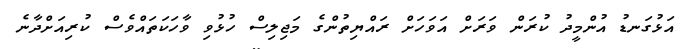
އަޅުގަނޑު އުންމީދު ކުރަން ވަރަށް އަވަހަށް ރައްޔިތުންގެ މަޖިލިސް ހުޅުވި ވާހަކަތައްވެސް ކުރިއަށްދާނެ